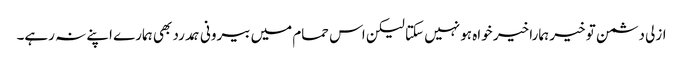
ازلی دشمن تو خیر ہمارا خیر خواہ ہو نہیں سکتا لیکن اس حمام میں بیرونی ہمدرد بھی ہمارے اپنے نہ رہے۔